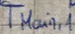
Text: TMAIN,1